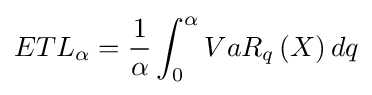
ET{L_{\alpha }}={\frac {1}{\alpha }}\int _{0}^{\alpha }{Va{R_{q}}\left(X\right)dq}